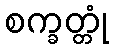
စက္ခတ္တုံ